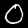
Label: 0